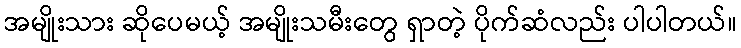
အမျိုးသား ဆိုပေမယ့် အမျိုးသမီးတွေ ရှာတဲ့ ပိုက်ဆံလည်း ပါပါတယ်။